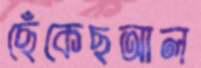
ছেঁকেছআল